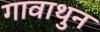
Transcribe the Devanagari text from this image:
गावाथुन